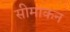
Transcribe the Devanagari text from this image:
सीमाकन